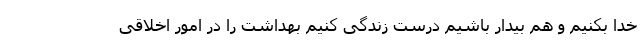
خدا بکنیم و هم بیدار باشیم درست زندگی کنیم بهداشت را در امور اخلاقی